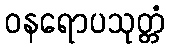
ဝနရောပသုတ္တံ